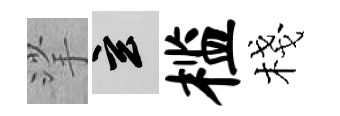
挲玄槛棧